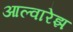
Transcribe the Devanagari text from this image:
आल्वारेझ